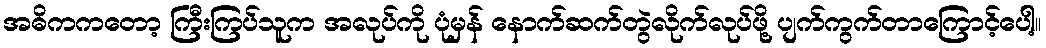
အဓိကကတော့ ကြီးကြပ်သူက အလုပ်ကို ပုံမှန် နောက်ဆက်တွဲလိုက်လုပ်ဖို့ ပျက်ကွက်တာကြောင့်ပေါ့။